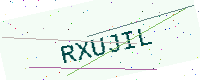
Text: RXUJIL